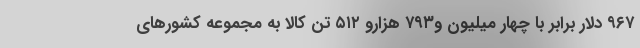
۹۶۷ دلار برابر با چهار میلیون و۷۹۳ هزارو ۵۱۲ تن کالا به مجموعه کشورهای